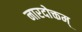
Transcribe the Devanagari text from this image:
नारदोक्तम्